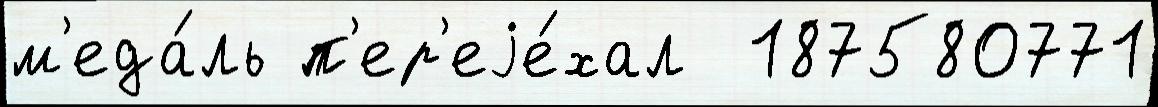
м'еда́ль п'ер'еjе́хал  187580771